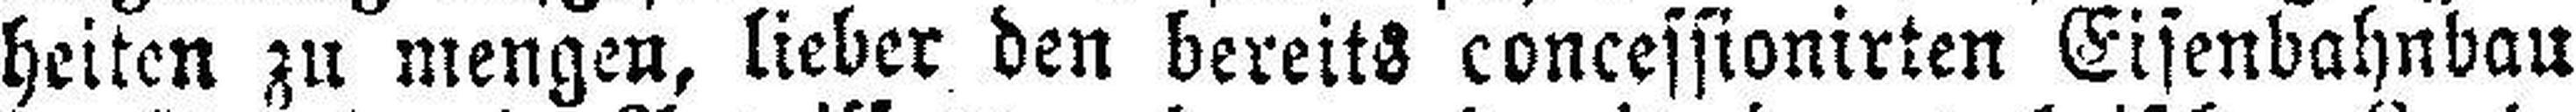
heiten zu mengen, lieber den bereits concessionirten Eisenbahnbau